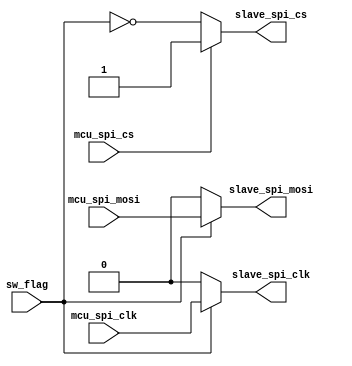
module spi_module(
input		mcu_spi_clk,
input		mcu_spi_cs,
input		mcu_spi_mosi,



output	slave_spi_clk,
output	slave_spi_mosi,
output	slave_spi_cs,

input		sw_flag

);




assign	slave_spi_clk=(sw_flag)?mcu_spi_clk:1'b0;
assign	slave_spi_mosi=(sw_flag)?mcu_spi_mosi:1'b0;
assign	slave_spi_cs=(mcu_spi_cs==1'b0)?!sw_flag:1'b1;


endmodule